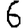
Digit: 6